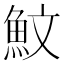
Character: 魰